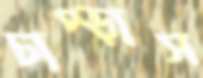
চাপ্‌ড়াস